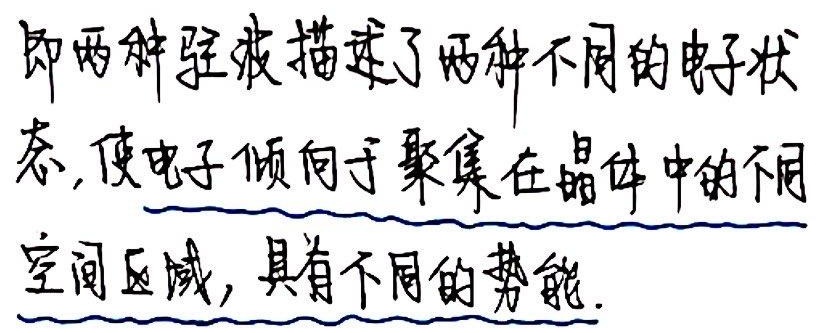
即两种驻波描述了两种不同的电子状态, 使电子倾向于聚集在晶体中的不同空间区域, 具有不同的势能.